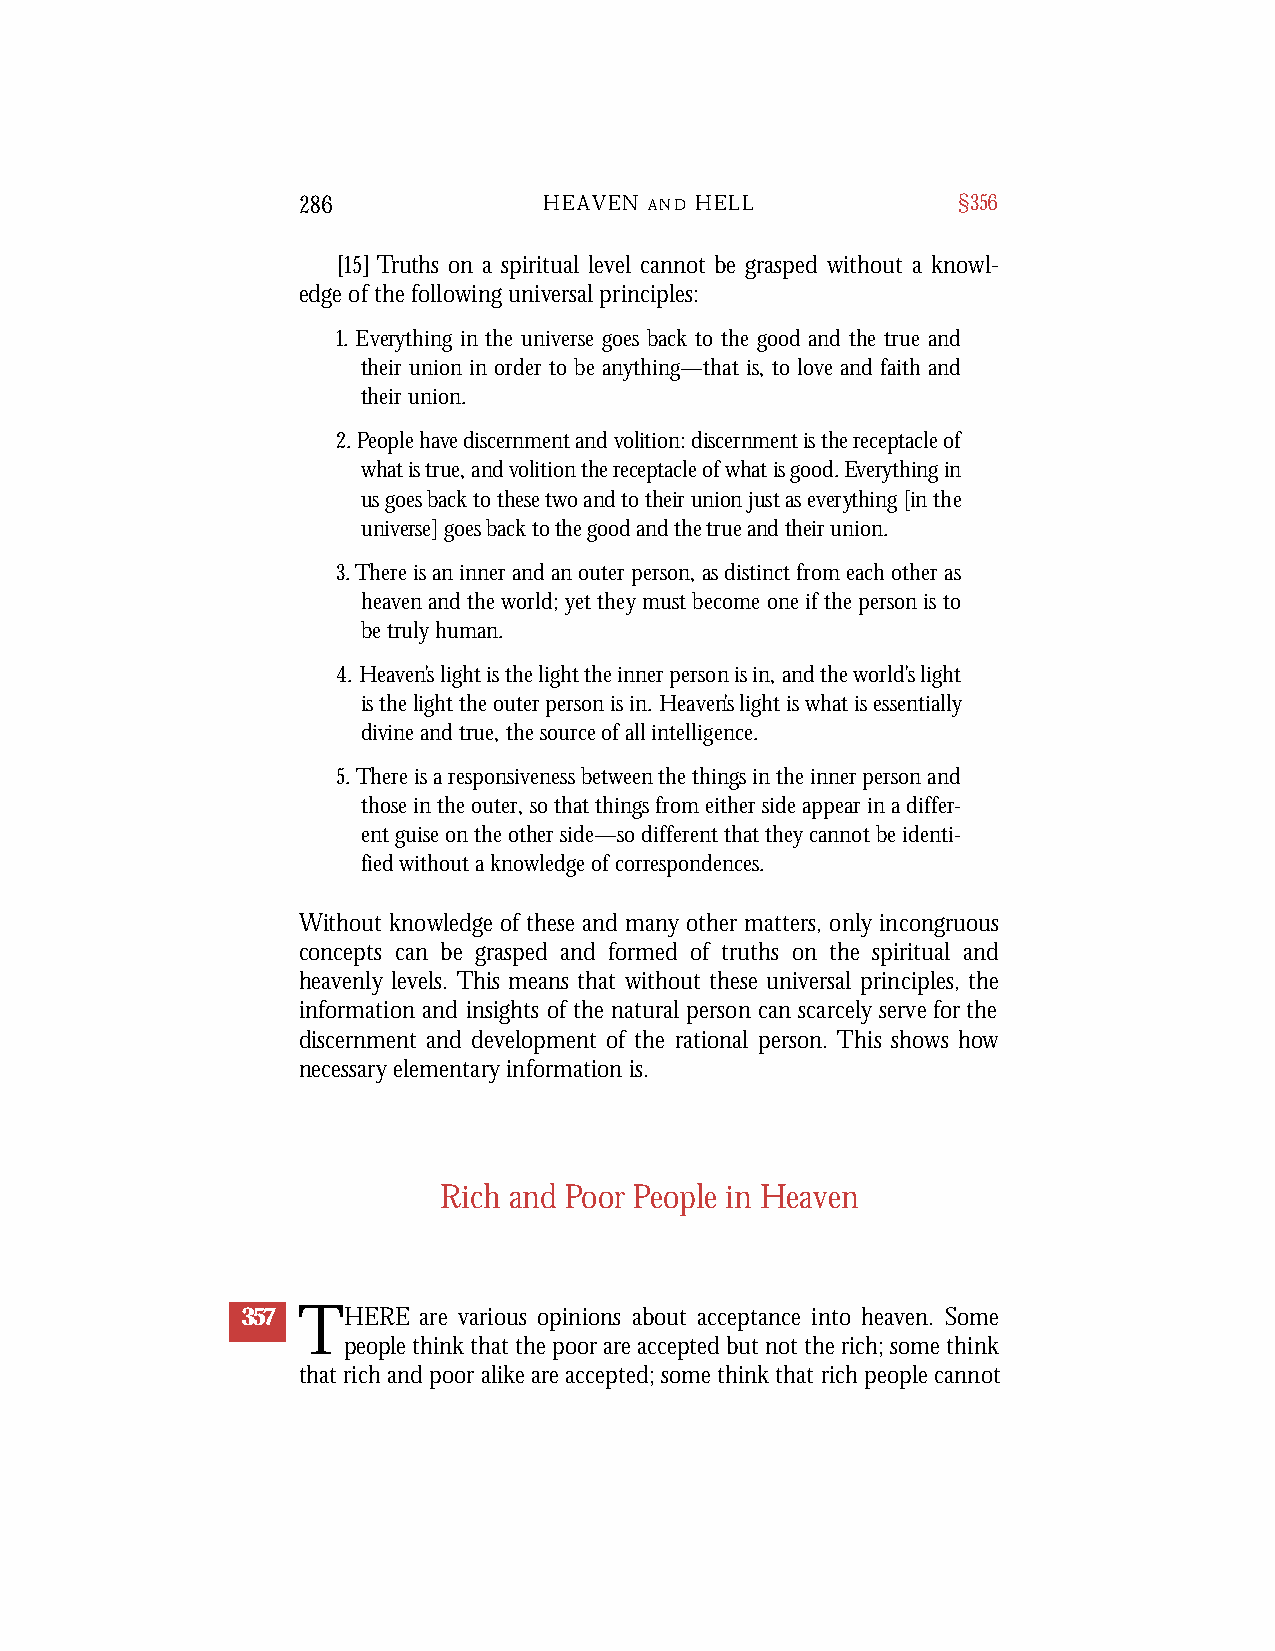
286             HEAVEN A N D H E L L       §356
 [15] Truths on a spiritual level cannot be grasped without a knowl-
 edge of the following universal principles:
 1. Everything in the universe goes back to the good and the true and
 their union in order to be anything—that is, to love and faith and
 their union.
 2.People have discernment and volition: discernment is the receptacle of
 what is true, and volition the receptacle of what is good. Ever ything in
 us goes back to these two and to their union just as ever ything [in the
 un i v erse] goes back to the good and the true and their union.
 3.There is an inner and an outer person, as distinct from each other as
 heaven and the world; yet they must become one if the person is to
 be truly human.
 4. Heaven’s light is the light the inner person is in, and the world’s light
 is the light the outer person is in. Heaven’s light is what is essentially
 divine and true, the source of all intelligence.
 5.There is a responsiveness between the things in the inner person and
 those in the outer, so that things from either side appear in a differ-
 ent guise on the other side—so different that they cannot be identi-
 fied without a knowledge of correspondences.
 Without knowledge of these and many other matters, only incongruous
 concepts can be grasped and formed of truths on the spiritual and
 heavenly levels. This means that without these universal principles, the
 information and insights of the natural person can scarcely serve for the
 discernment and development of the rational person. This shows how
 necessary elementary information is.
 Rich and Poor People in Heaven
 357 THERE   are various opinions about acceptance into heaven. Some
 people think that the poor are accepted but not the rich; some think
 that rich and poor alike are accepted; some think that rich people cannot